342_HS1-416511228_319.1 Flying Discs 1949
Agency: Department of War
Incident date: 1/9/50
Page 64
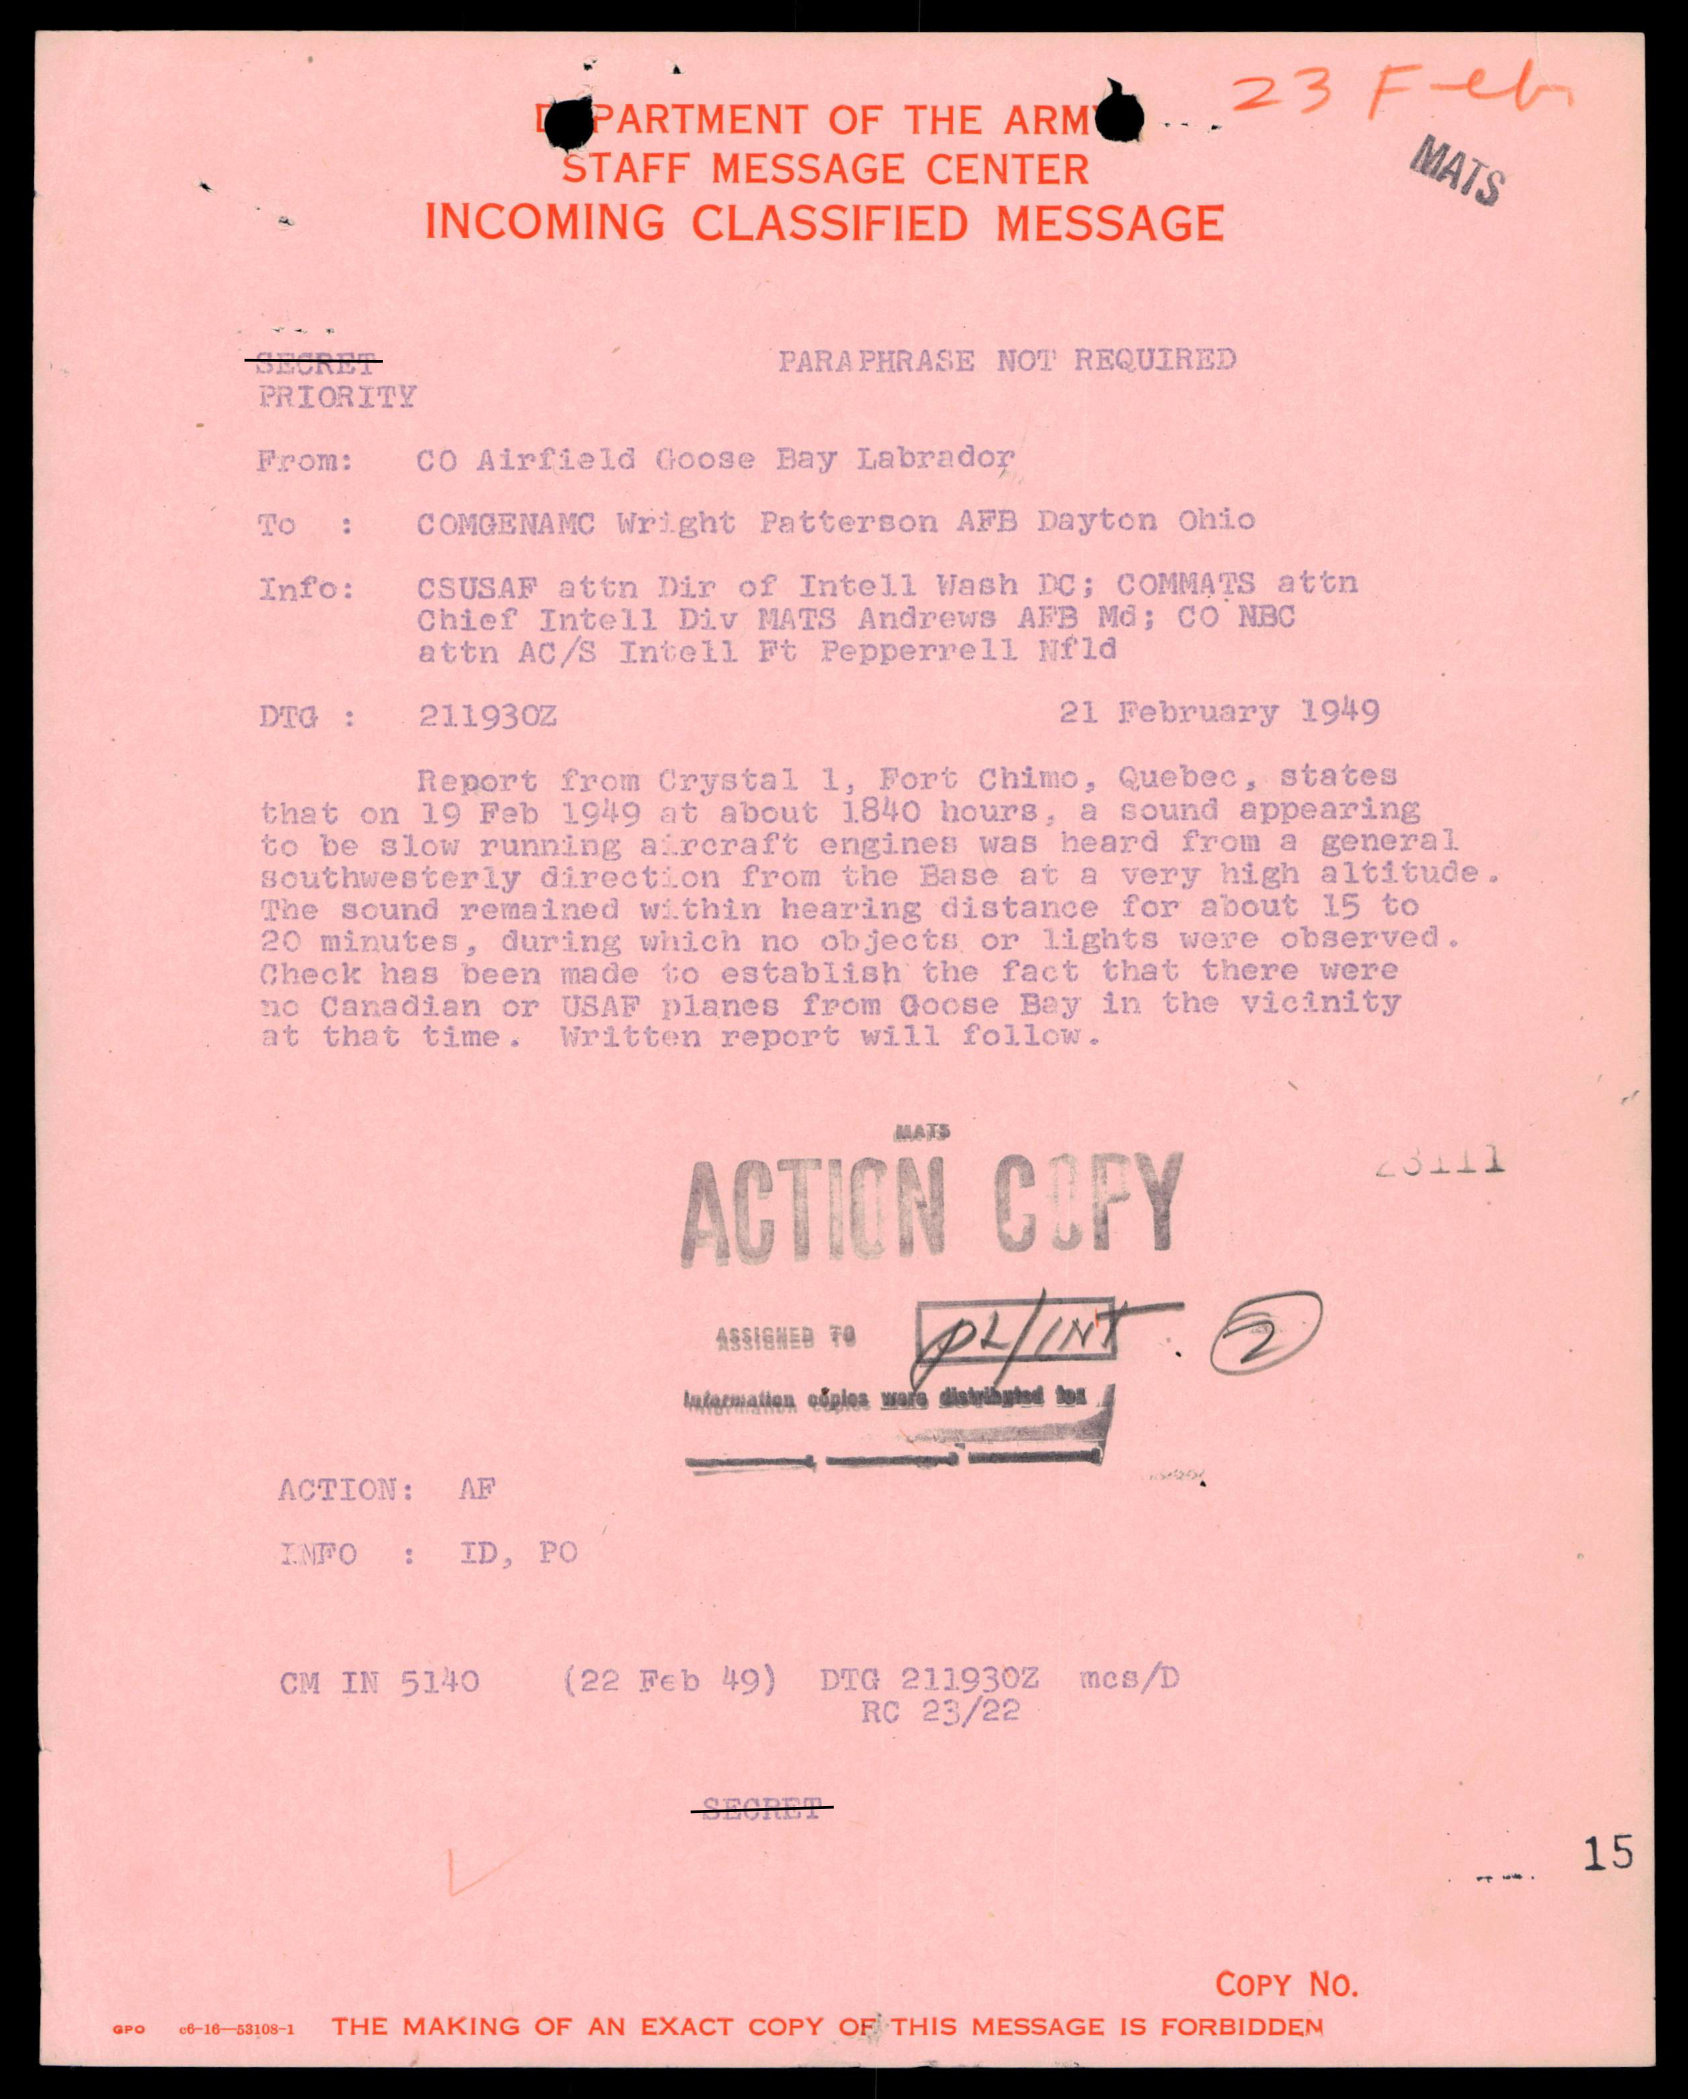